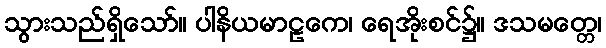
သွားသည်ရှိသော်။ ပါနိယမာဠကေ၊ ရေအိုးစင်၌။ ဒသမတ္တေ၊